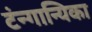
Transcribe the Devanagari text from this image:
टंन्गान्यिका